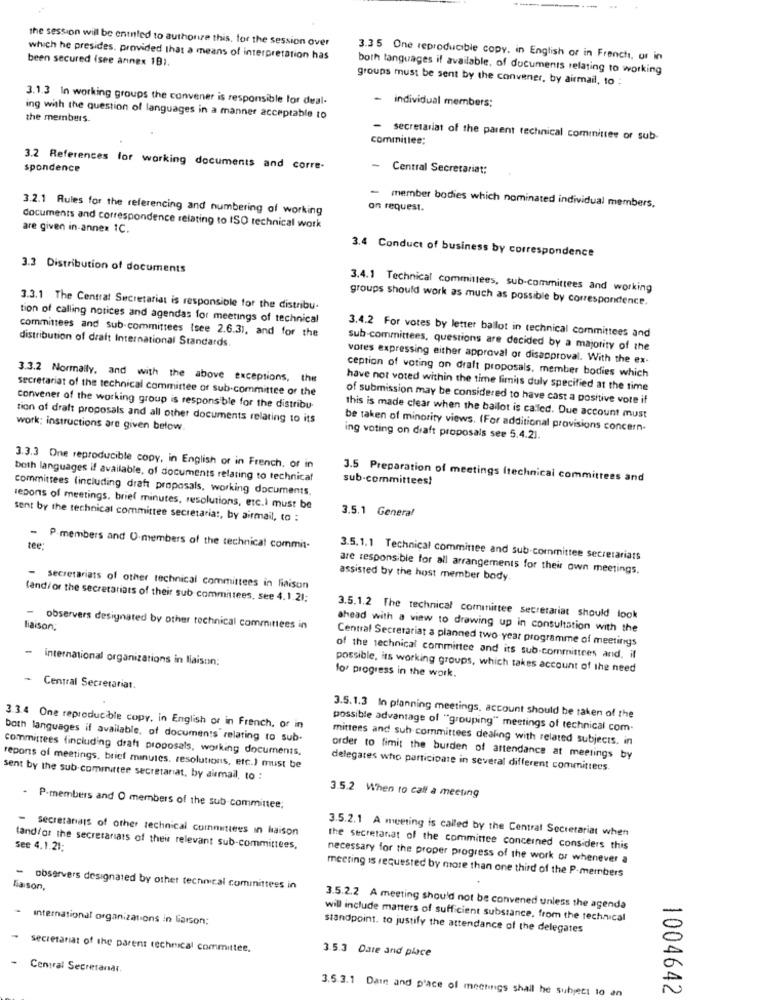
the session will be entled to authorize this. for the session over
which he presides. provided that a means of interpretation has
been secured (see annex 18).
3.35 One reproducible copy. in English or in French, ur in
both languages if available, of documents relating to working
groups must be sent by the convener, by airmail, to :
3.1.3 In working groups the convener is responsible for deal-
individual members;
the members.
ing with the question of languages in a manner acceptable to
committee:
- secretariat of the parent technical committee or sub-
3.2 References for working documents and corre-
spondence
Central Secretariat:
-
3.2.1 Rules for the referencing and numbering of working
on request.
member bodies which nominated individual members,
are given in-annex 1C.
documents and correspondence relating to ISO technical work
3.4 Conduct of business by correspondence
3.3 Distribution of documents
3.4.1 Technical committees, sub-committees and working
groups should work as much as possible by correspondence.
3.3.1 The Central Secretariat is responsible for the distribu-
tion of calling notices and agendas for meetings of technical
committees and Sub-committees (see 2.6.31, and for the
distribution of draft International Standards.
3.4.2 For votes by letter ballot in technical committees and
sub committees, questions are decided by a majority of the
vores expressing either approval of disapproval. With the ex-
3.3.2 Normally, and with the above exceptions, the
ception of voting on draft proposals, member bodies which
secretariat of the technical committee of sub committee of the
have not voted within the time limits duly specified at the time
of submission may be considered to have cast a positive vote if
conwener of the working group is responsible for the distribu-
tion of draft proposals and all other documents relating to its
this is made clear when the ballot is called. Due account must
work; instructions are given below.
be taken of minority views. (For additional provisions concern.
ing voting on draft proposals see 5.4.21.
3.3.3 One reproducible copy, in English or in French, or in
both languages if available, of documents relating to technical
sub-committees?
3.5 Preparation of meetings Itechnical committees and
committees (including draft proposals, working documents.
reports of meetings, brief minutes, resolutions, etc.) must be
sent by the technical committee secretaria :, by airmail, to :
3.5.1 General
tee:
.P.members and O.members of the technical commit-
3.5.1.1 Technical committee and sub-committee secretariats
are responsible for all arrangements for their own meetings.
assisted by the host member body.
- secretariats of other technical committees in liaison
(and/ or the secretariats of their sub committees, see 4.1.21:
-
3.5.1.2 The technical committee secretariat should look
liaison;
observers designated by other technical committees in
ahead with a view to drawing up in consultation with the
Central Secretariat a planned two-year programme of meetings
international organizations in liaison;
of the technical committee and its sub-committees and, il
possible, its working groups, which takes account of the need
for progress in the work.
- Central Secretariat.
3.5.1.3 In planning meetings, account should be taken of the
3.3.4 One reproducible copy, in English or in French, or in
possible advantage of "grouping" meetings of technical com-
both languages if available, of documents relating to sub.
mittees and sub committees dealing with related subjects. in
committees fincluding draft proposals, working documents.
order to fimit the burden of attendance at meetings by
reports of meetings, brief minutes. resolutions, etc.) must be
delegates who participate in several different committees.
sent by the sub committee secretariat, by airmail, to :
3.5.2 When to call a meeting
- P-members and O members of the sub-committee;
- secretanais of other technical committees in haison
3.5.2.1 A meeting is called by the Central Secretariat when
See 4.1.21;
tandfor the secretariats of their relevant sub-committees,
the secretanat of the committee concerned considers this
necessary for the proper progress of the work or whenever a
meeting is requested by more than one third of the P-members
liaison,
- observers designated by other technical committees in
3.5.2.2 A meeting should not be convened unless the agenda
International organizations in liaison;
will include matters of sufficient substance, from the technical
standpoint. to justify the attendance of the delegates
secretariat of the parent technical committee.
3.5.3 Date and place
Central Secretanal.
3.5.3.1 Dain and p'ace of meetings shall he subject to an
1004642